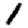
Digit: 1